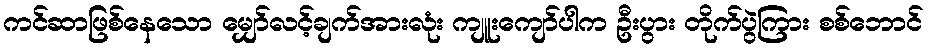
ကင်ဆာဖြစ်နေသော မျှော်လင့်ချက်အားလုံး ကျူးကျော်ပါက ဦးပွား တိုက်ပွဲကြား စစ်ဘောင်